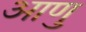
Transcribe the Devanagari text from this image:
आणु